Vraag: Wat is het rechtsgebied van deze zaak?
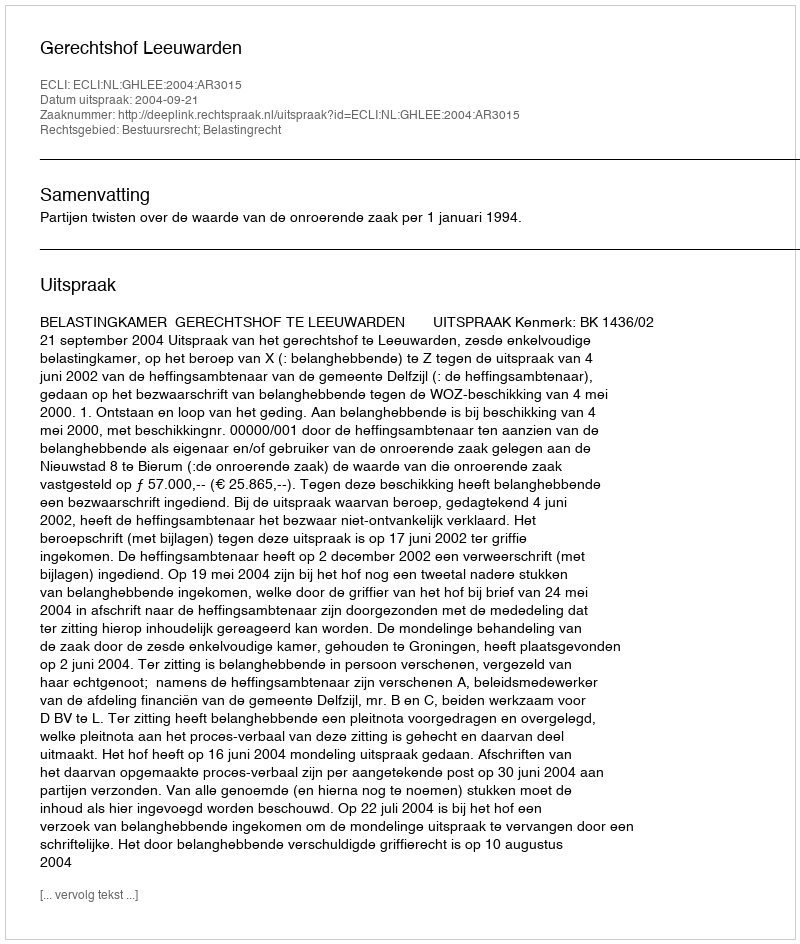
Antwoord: Bestuursrecht; Belastingrecht